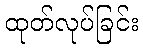
ထုတ်လုပ်ခြင်း